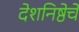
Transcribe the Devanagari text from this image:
देशनिष्ठेचे